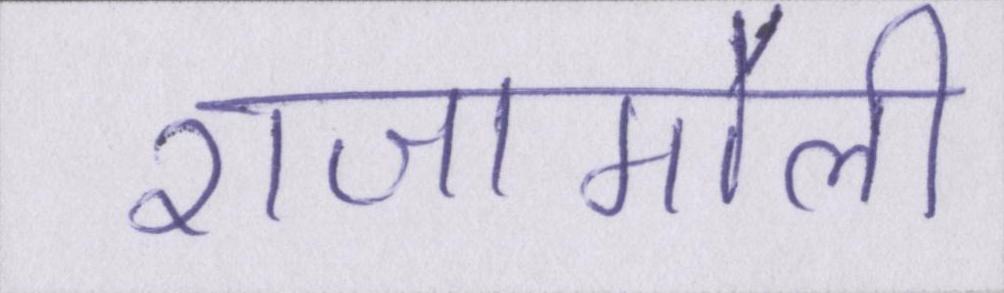
राजामौली